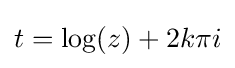
t=\log(z)+2k\pi i